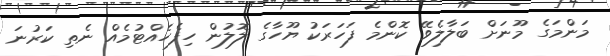
މަންމަގެ މޫނަށް ބަލާލެވޭ ކޮންމެ ފަހަރަކު ޔޫހާގެ ލޮލުން ހިފެހެއްޓުމެއް ނެތި ކަރުނަ